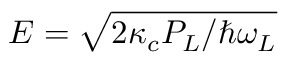
E = \sqrt { 2 \kappa _ { c } P _ { L } / \hbar \omega _ { L } }